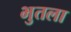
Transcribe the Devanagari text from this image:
भुतला